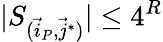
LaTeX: |S_{(\vec{i}_{P},\vec{j}^{*})}|\leq 4^{R}